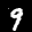
Label: 9